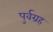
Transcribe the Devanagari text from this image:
पुर्वग्रह